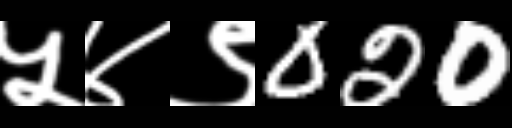
Text: ५४९020